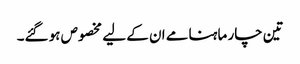
تین چار ماہنامے ان کے لیے مخصوص ہو گئے۔